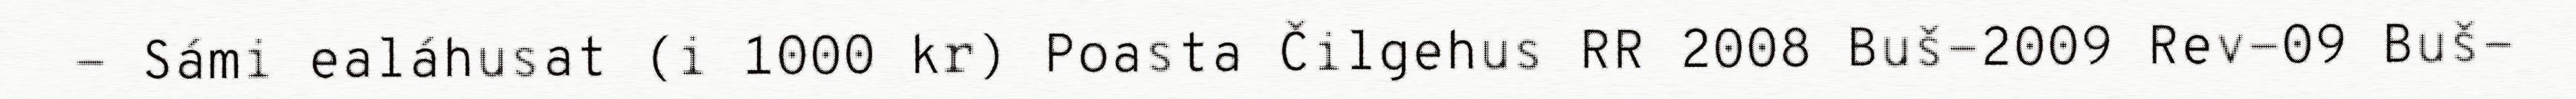
- Sámi ealáhusat (i 1000 kr) Poasta Čilgehus RR 2008 Buš-2009 Rev-09 Buš-